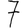
Digit: 7